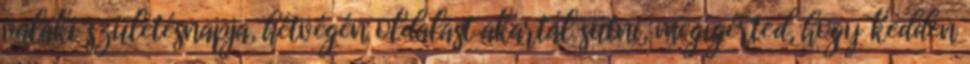
valaki születésnapja, hétvégén oldalast akartál sütni, megígérted, hogy kedden